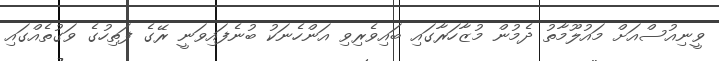
ވީނިއުސްއަށް މައުލޫމާތު ދެމުން މުޒާހަރާގައި ބައިވެރިވި އަންހެނަކު ބުނެފައިވަނީ ރޭގެ ފަތިހުގެ ވަގުތެއްގައި